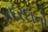
કદરદાનો